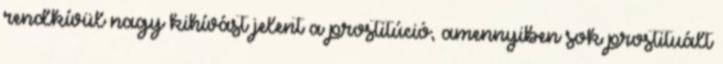
rendkívül nagy kihívást jelent a prostitúció, amennyiben sok prostituált